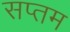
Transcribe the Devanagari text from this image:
सप्‍तम